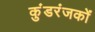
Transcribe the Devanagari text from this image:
कुंडरंजकों